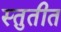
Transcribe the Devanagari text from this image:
स्तुतीत